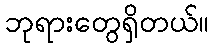
ဘုရားတွေရှိတယ်။